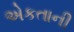
એકતાની